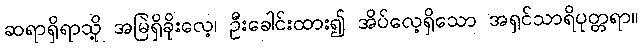
ဆရာရှိရာသို့ အမြဲရှိခိုးလေ့၊ ဦးခေါင်းထား၍ အိပ်လေ့ရှိသော အရှင်သာရိပုတ္တရာ။